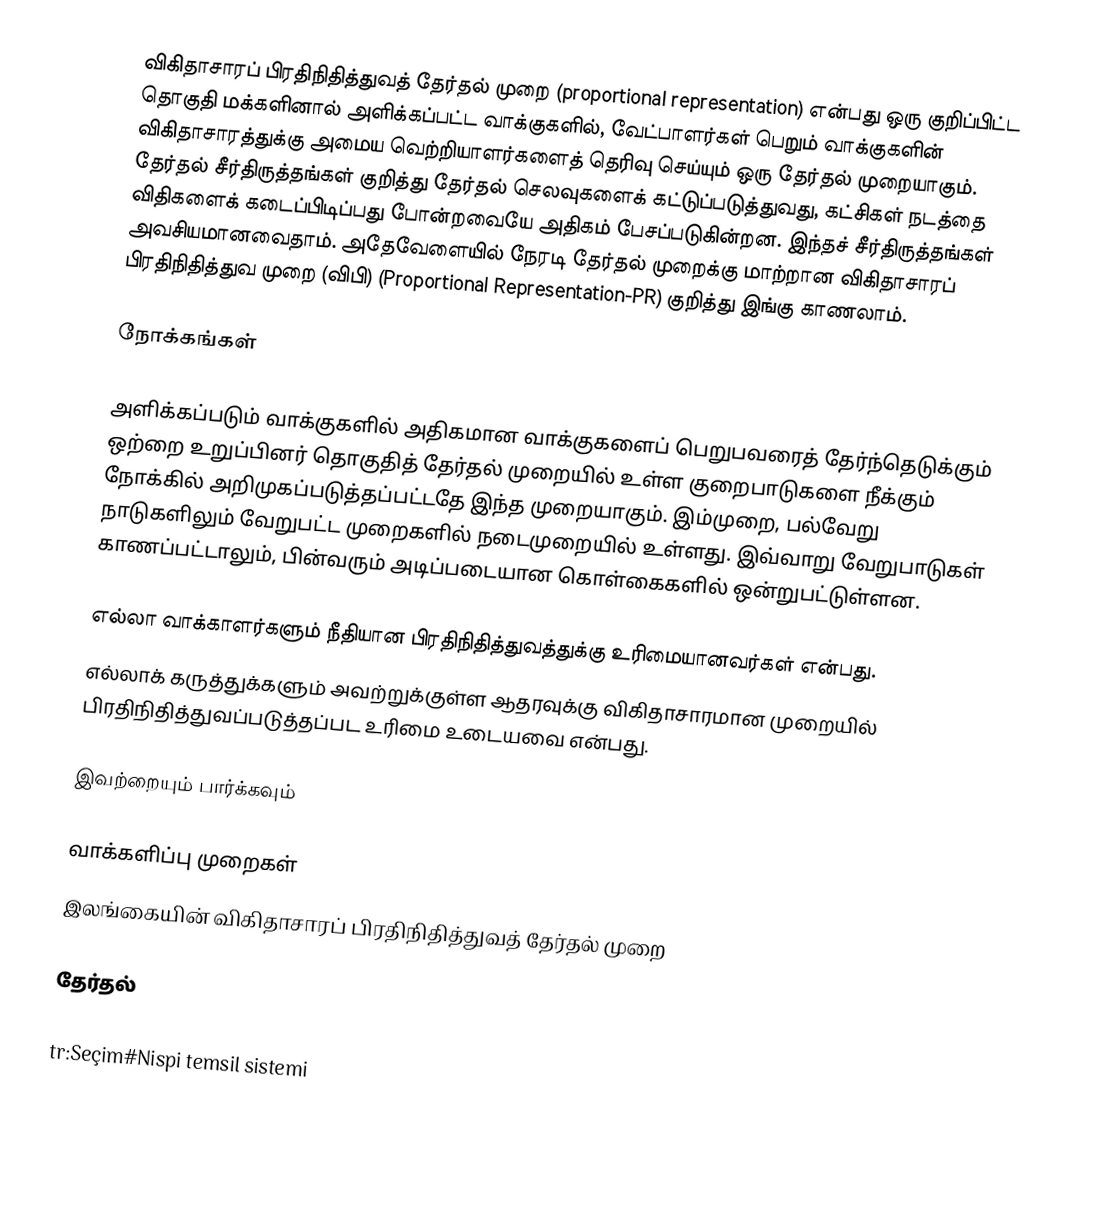
விகிதாசாரப் பிரதிநிதித்துவத் தேர்தல் முறை (proportional representation) என்பது ஒரு குறிப்பிட்ட தொகுதி மக்களினால் அளிக்கப்பட்ட வாக்குகளில், வேட்பாளர்கள் பெறும் வாக்குகளின் விகிதாசாரத்துக்கு அமைய வெற்றியாளர்களைத் தெரிவு செய்யும் ஒரு தேர்தல் முறையாகும். தேர்தல் சீர்திருத்தங்கள் குறித்து  தேர்தல் செலவுகளைக் கட்டுப்படுத்துவது, கட்சிகள் நடத்தை விதிகளைக் கடைப்பிடிப்பது போன்றவையே அதிகம் பேசப்படுகின்றன. இந்தச் சீர்திருத்தங்கள் அவசியமானவைதாம். அதேவேளையில் நேரடி தேர்தல் முறைக்கு மாற்றான விகிதாசாரப் பிரதிநிதித்துவ முறை (விபி) (Proportional Representation-PR) குறித்து இங்கு  காணலாம்.

நோக்கங்கள்

அளிக்கப்படும் வாக்குகளில் அதிகமான வாக்குகளைப் பெறுபவரைத் தேர்ந்தெடுக்கும் ஒற்றை உறுப்பினர் தொகுதித் தேர்தல் முறையில் உள்ள குறைபாடுகளை நீக்கும் நோக்கில் அறிமுகப்படுத்தப்பட்டதே இந்த முறையாகும். இம்முறை, பல்வேறு நாடுகளிலும் வேறுபட்ட முறைகளில் நடைமுறையில் உள்ளது. இவ்வாறு வேறுபாடுகள் காணப்பட்டாலும், பின்வரும் அடிப்படையான கொள்கைகளில் ஒன்றுபட்டுள்ளன.

 எல்லா வாக்காளர்களும் நீதியான பிரதிநிதித்துவத்துக்கு உரிமையானவர்கள் என்பது.
 எல்லாக் கருத்துக்களும் அவற்றுக்குள்ள ஆதரவுக்கு விகிதாசாரமான முறையில் பிரதிநிதித்துவப்படுத்தப்பட உரிமை உடையவை என்பது.

இவற்றையும் பார்க்கவும்

 வாக்களிப்பு முறைகள்
 இலங்கையின் விகிதாசாரப் பிரதிநிதித்துவத் தேர்தல் முறை

தேர்தல்

tr:Seçim#Nispi temsil sistemi